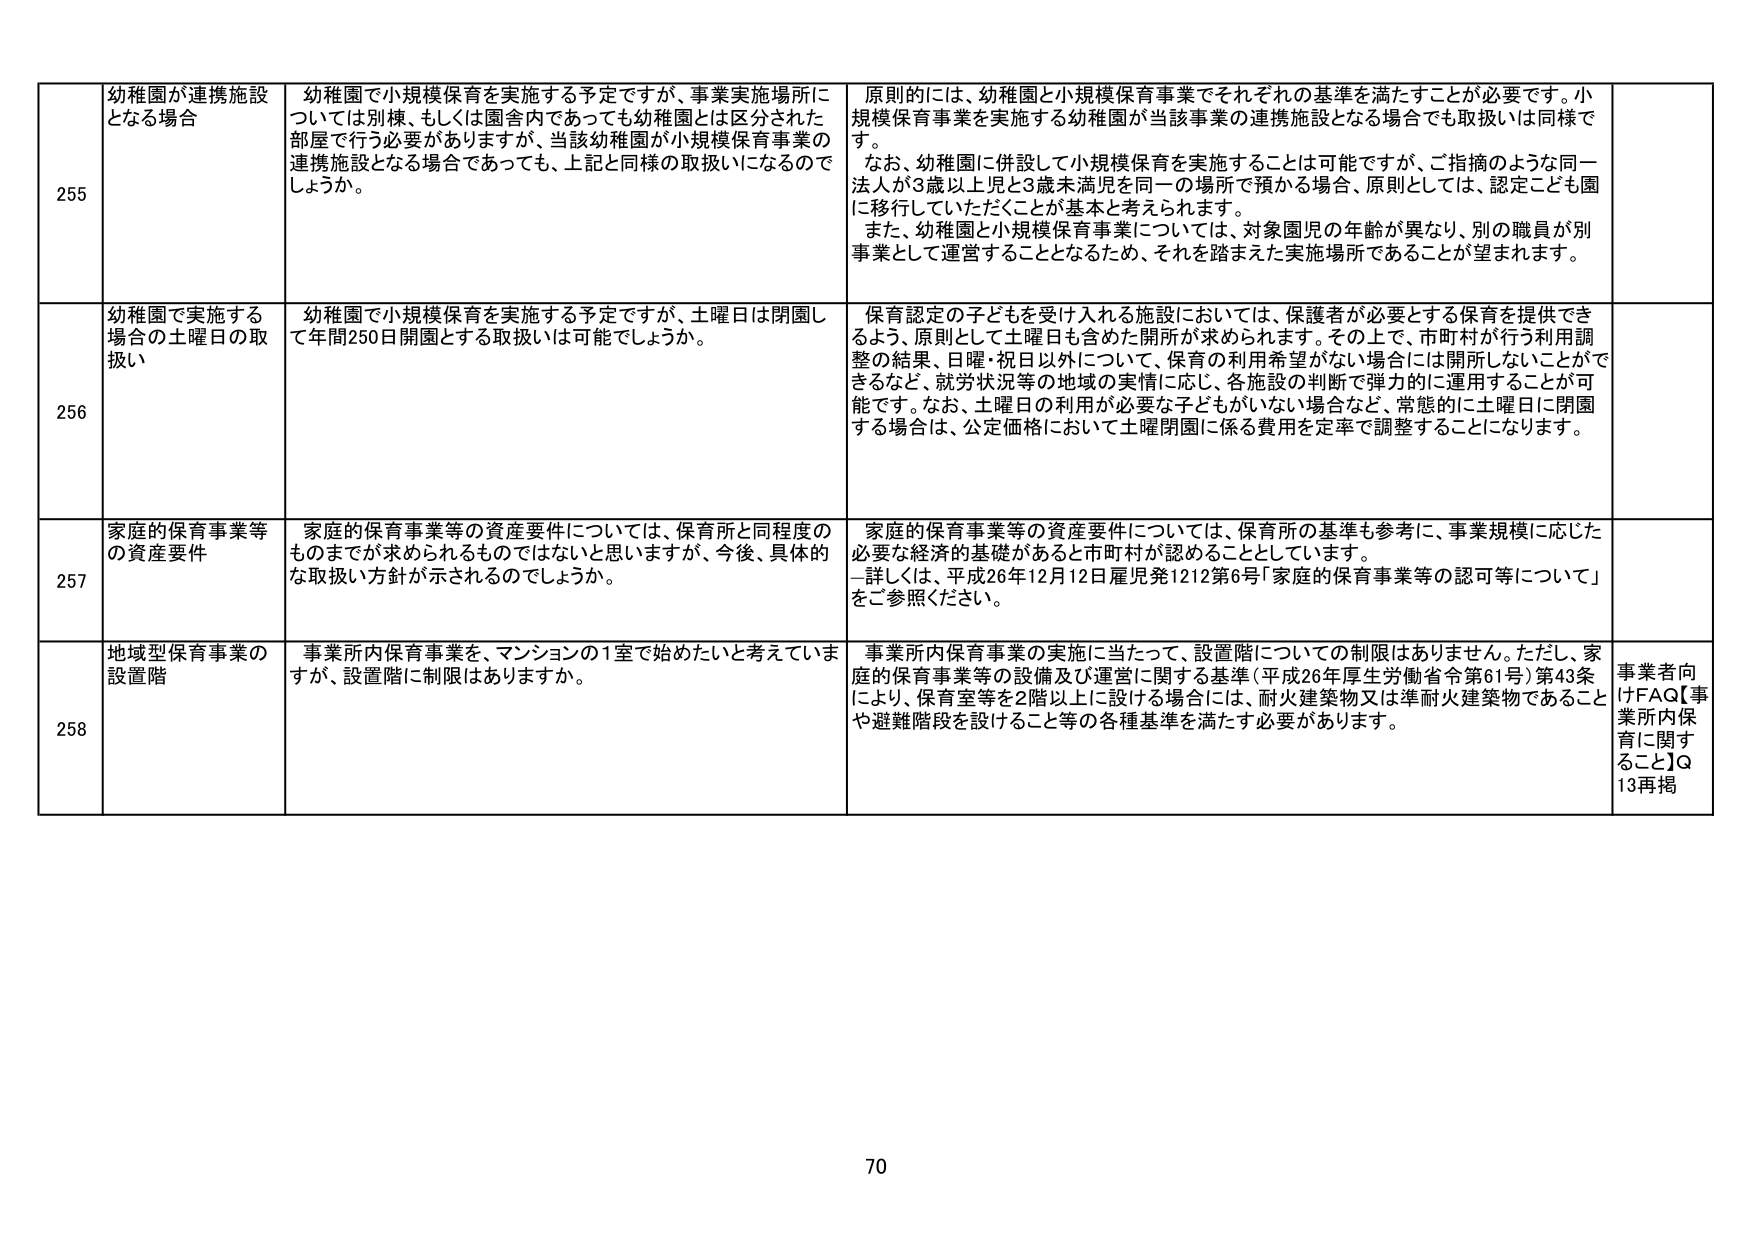
255 幼稚園が連携施設となる場合
幼稚園で小規模保育を実施する予定ですが、事業実施場所については別棟、もしくは園舎内であっても幼稚園とは区分された部屋で行う必要がありますが、当該幼稚園が小規模保育事業の連携施設となる場合であっても、上記と同様の取扱いになるでしょうか。
原則的には、幼稚園と小規模保育事業でそれぞれの基準を満たすことが必要です。小規模保育事業を実施する幼稚園が当該事業の連携施設となる場合でも取扱いは同様です。
なお、幼稚園に併設して小規模保育を実施することは可能ですが、ご指摘のような同一法人が3歳以上児と3歳未満児を同一の場所で預かる場合、原則としては、認定こども園に移行していただくことが基本と考えられます。
また、幼稚園と小規模保育事業については、対象園児の年齢が異なり、別の職員が別事業として運営することとなるため、それを踏まえた実施場所であることが望まれます。

256 幼稚園で実施する場合の土曜日の取扱い
幼稚園で小規模保育を実施する予定ですが、土曜日は閉園して年間250日開園とする取扱いは可能でしょうか。
保育認定の子どもを受け入れる施設においては、保護者が必要とする保育を提供できるよう、原則として土曜日も含めた開所が求められます。その上で、市町村が行う利用調整の結果、日曜・祝日以外について、保育の利用希望がない場合には開所しないことができるなど、就労状況等の地域の実情に応じ、各施設の判断で弾力的に運用することが可能です。なお、土曜日の利用が必要な子どもがいない場合など、常態的に土曜日に閉園する場合は、公定価格において土曜閉園に係る費用を定率で調整することになります。

257 家庭的保育事業等の資産要件
家庭的保育事業等の資産要件については、保育所と同程度のものまでが求められるものではないと思いますが、今後、具体的な取扱い方針が示されるのでしょうか。
家庭的保育事業等の資産要件については、保育所の基準も参考に、事業規模に応じた必要な経済的基礎があると市町村が認めることとしています。
―詳しくは、平成26年12月12日雇児発1212第6号「家庭的保育事業等の認可等について」をご参照ください。

258 地域型保育事業の設置階
事業所内保育事業を、マンションの1室で始めたいと考えていますが、設置階に制限はありますか。
事業所内保育事業の実施に当たって、設置階についての制限はありません。ただし、家庭的保育事業等の設備及び運営に関する基準（平成26年厚生労働省令第61号）第43条により、保育室等を2階以上に設ける場合には、耐火建築物又は準耐火建築物であることや避難階段を設けること等の各種基準を満たす必要があります。
事業者向けFAQ【事業所内保育に関すること】Q13再掲

70